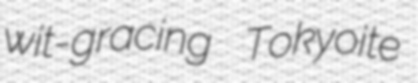
wit-gracing Tokyoite